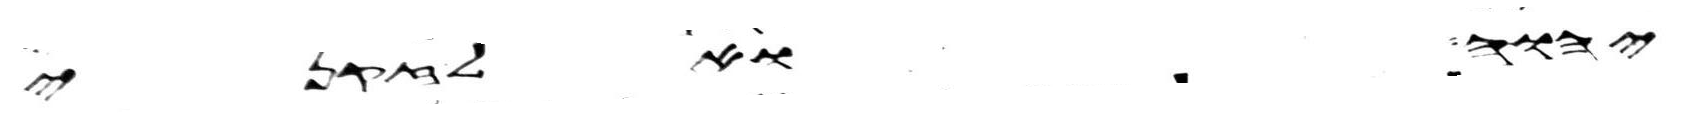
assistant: יהוה ואל זקני